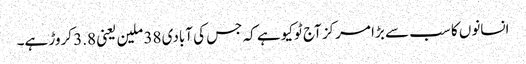
انسانوں کا سب سے بڑا مرکز آج ٹوکیو ہے کہ جس کی آبادی 38 ملین یعنی 3.8 کروڑ ہے۔